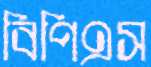
বিপিএস